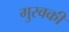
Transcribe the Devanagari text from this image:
गुरवकी